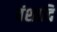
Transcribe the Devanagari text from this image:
वंशादि